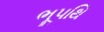
ભૂપથિ